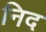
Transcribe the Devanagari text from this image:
निद